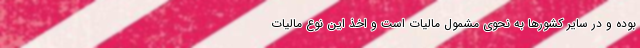
بوده و در سایر کشورها به نحوی مشمول مالیات است و اخذ این نوع مالیات